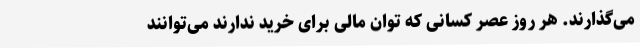
می‌گذارند. هر روز عصر کسانی که توان مالی برای خرید ندارند می‌توانند